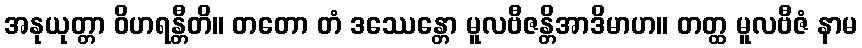
အနုယုတ္တာ ဝိဟရန္တီတိ။ တတော တံ ဒဿေန္တော မူလဗီဇန္တိအာဒိမာဟ။ တတ္ထ မူလဗီဇံ နာမ